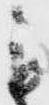
も